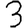
Digit: 3